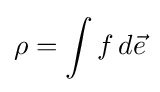
\rho =\int f\,d{\vec {e}}